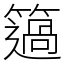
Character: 簻